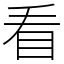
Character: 看